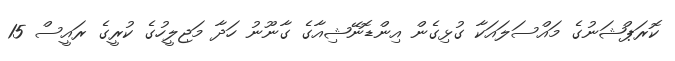
ކޮރަޕްޝަނުގެ މައްސަލައަކާ ގުޅިގެން އިންޑޮނޭޝިއާގެ ގާނޫނު ހަދާ މަޖިލީހުގެ ކުރީގެ ރައީސް 15